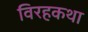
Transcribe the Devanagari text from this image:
विरहकथा